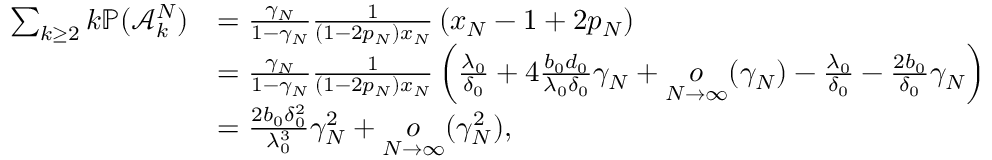
\begin{array} { r l } { \sum _ { k \geq 2 } k \mathbb { P } ( \mathcal { A } _ { k } ^ { N } ) } & { = \frac { \gamma _ { N } } { 1 - \gamma _ { N } } \frac { 1 } { ( 1 - 2 p _ { N } ) x _ { N } } \left( x _ { N } - 1 + 2 p _ { N } \right) } \\ & { = \frac { \gamma _ { N } } { 1 - \gamma _ { N } } \frac { 1 } { ( 1 - 2 p _ { N } ) x _ { N } } \left( \frac { \lambda _ { 0 } } { \delta _ { 0 } } + 4 \frac { b _ { 0 } d _ { 0 } } { \lambda _ { 0 } \delta _ { 0 } } \gamma _ { N } + \underset { N \to \infty } { o } ( \gamma _ { N } ) - \frac { \lambda _ { 0 } } { \delta _ { 0 } } - \frac { 2 b _ { 0 } } { \delta _ { 0 } } \gamma _ { N } \right) } \\ & { = \frac { 2 b _ { 0 } \delta _ { 0 } ^ { 2 } } { \lambda _ { 0 } ^ { 3 } } \gamma _ { N } ^ { 2 } + \underset { N \to \infty } { o } ( \gamma _ { N } ^ { 2 } ) , } \end{array}